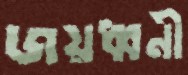
জয়ধ্বনী